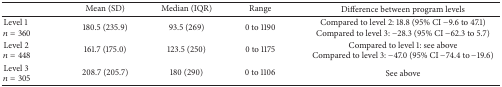
<table><thead><tr><td><b> </b></td><td><b>Mean (SD)</b></td><td><b>Median (IQR)</b></td><td><b>Range</b></td><td><b>Difference between program levels</b></td></tr></thead><tbody><tr><td>Level 1<i>n</i> = 360</td><td>180.5 (235.9)</td><td>93.5 (269)</td><td>0 to 1190</td><td>Compared to level 2: 18.8 (95% CI −9.6 to 47.1)Compared to level 3: −28.3 (95% CI −62.3 to 5.7)</td></tr><tr><td>Level 2<i>n</i> = 448</td><td>161.7 (175.0)</td><td>123.5 (250)</td><td>0 to 1175</td><td>Compared to level 1: see aboveCompared to level 3: −47.0 (95% CI −74.4 to −19.6)</td></tr><tr><td>Level 3<i>n</i> = 305</td><td>208.7 (205.7)</td><td>180 (290)</td><td>0 to 1106</td><td>See above</td></tr></tbody></table>